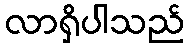
လာရှိပါသည်